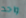
واحد